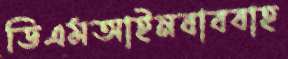
ডিএমআইনবাববাহ